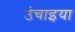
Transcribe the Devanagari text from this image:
उंचाइया